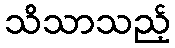
သိသာသည့်